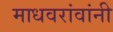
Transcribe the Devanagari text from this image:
माधवरांवांनी